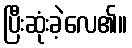
ပြီးဆုံးခဲ့လေ၏။